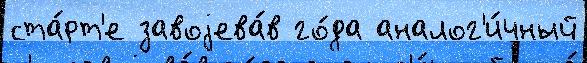
ста́рт'е завоjева́в го́да аналог'и́чный